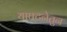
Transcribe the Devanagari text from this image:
याघटनेतुन